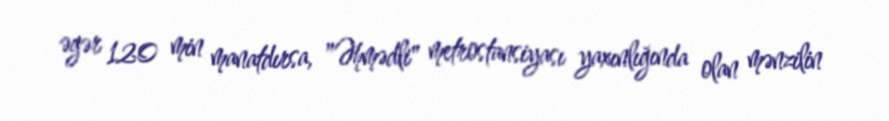
əgər 120 min manatdırsa, "Əhmədli" metrostansiyası yaxınlığında olan mənzilin